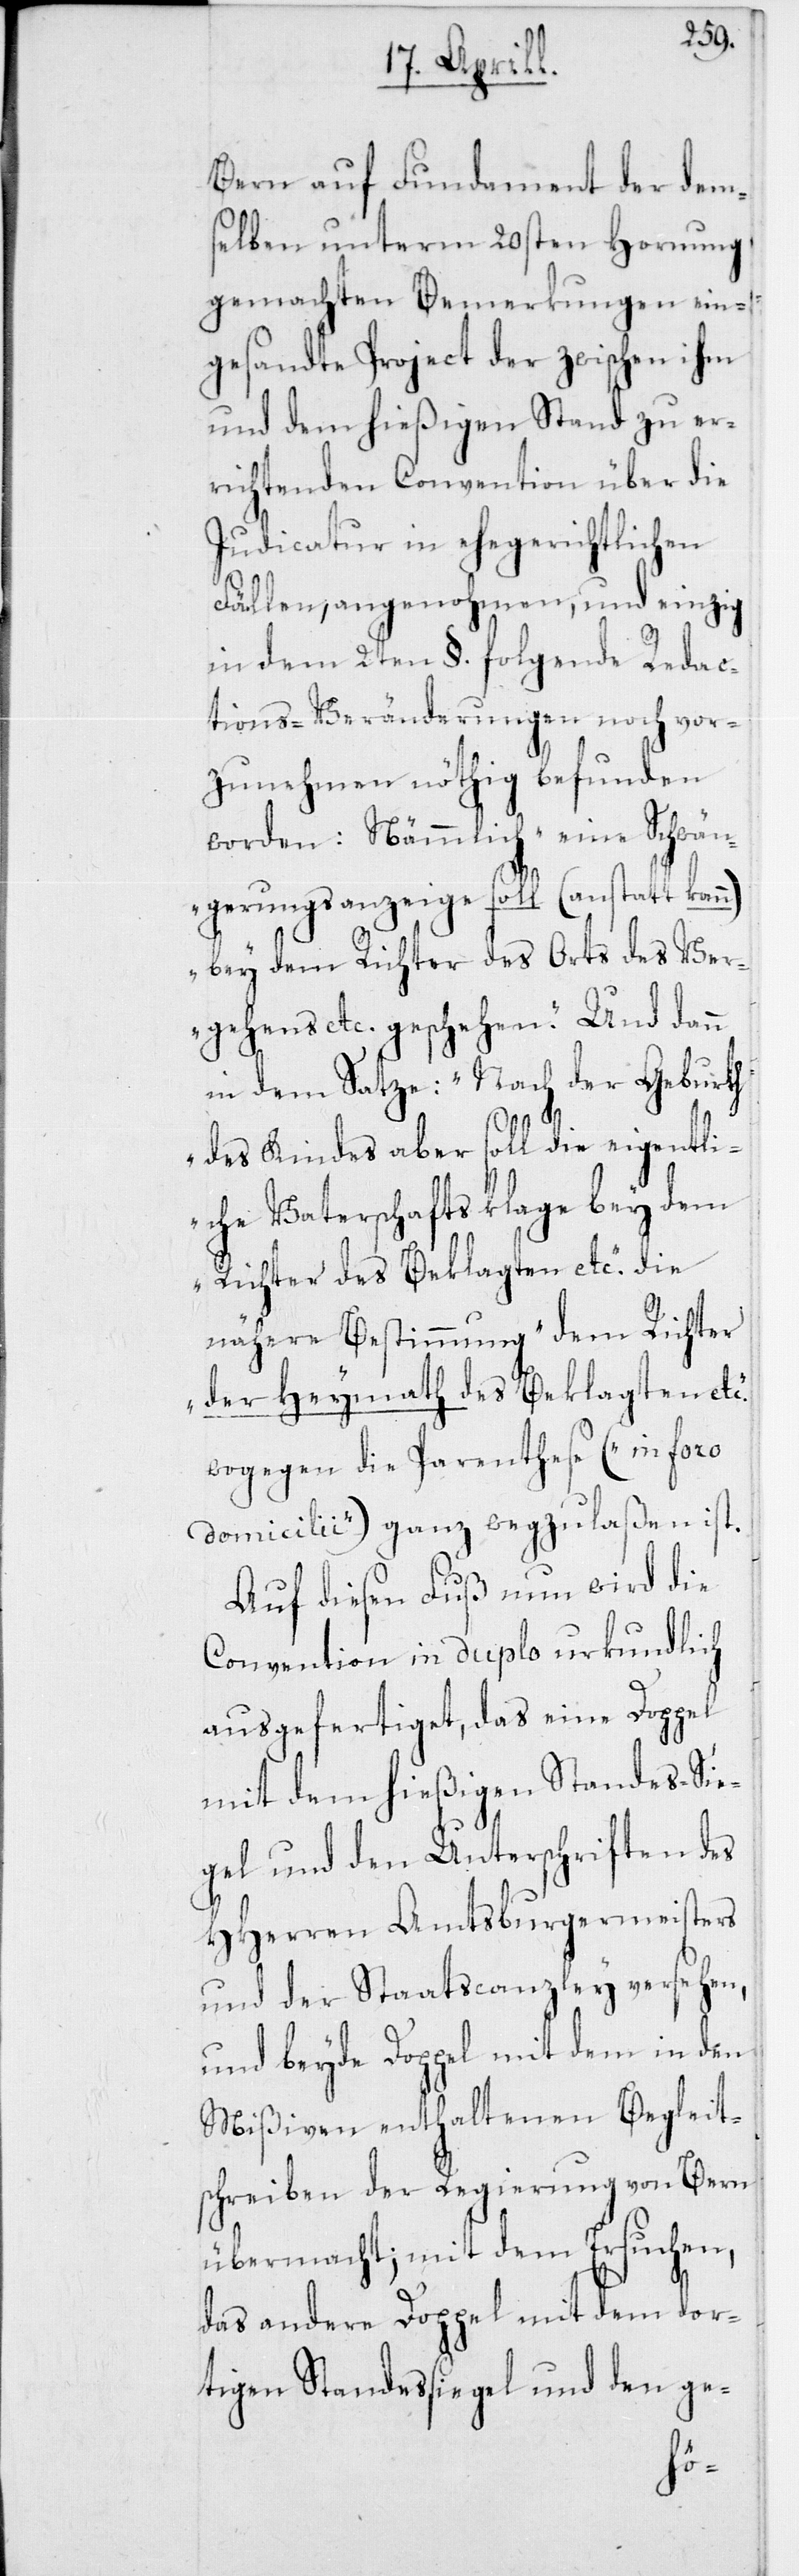
Bern auf Fundament der dem¬
selben unterm 20sten Hornung
gemachten Bemerkungen ein¬
gesandte Project der zwischen ihm
und dem hießigen Stand zu er¬
richtenden Convention über die
Judicatur in ehegerichtlichen
Fällen, angenohmen, und einzig
in dem 2ten §. folgende Redac¬
tions-Veränderungen noch vor¬
zunehmen nöthig befunden
worden: Nämmlich „eine Schwän¬
gerungs-Anzeige soll (anstatt kann)
bey dem Richter des Orts des Ver¬
gehens etc. geschehen.“ Und dann
in dem Satze: „Nach der Geburth
des Kindes aber soll die eigentli¬
che Vaterschaftsklage bey dem
Richter des Beklagten etc.“ die
nähere Bestimmung „dem Richter
der Heymath des Beklagten et¬
wogegen die Parenthese („in foro
domicilii“) ganz wegzulaßen ist.
Auf diesen Fuß nun wird die
Convention in duplo urkundlich
ausgefertiget, das eine Doppel
mit dem hießigen Standes-Sie¬
gel und den Unterschriften des
HHerren Amtsburgermeisters
und der Staatscanzley versehen,
und beyde Doppel mit dem in den
Mißiven enthaltenen Begleit¬
schreiben der Regierung von Bern
übermacht; mit dem Ersuchen,
das andere Doppel mit dem dor¬
tigen Standessiegel und den ge-
c.“,